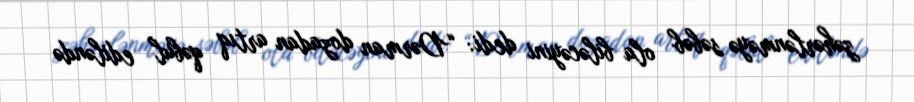
zəhərlənməyə səbəb ola biləcəyini dedi: “Dərman dozadan artıq qəbul ediləndə